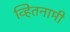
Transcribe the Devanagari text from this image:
व्हितनामी